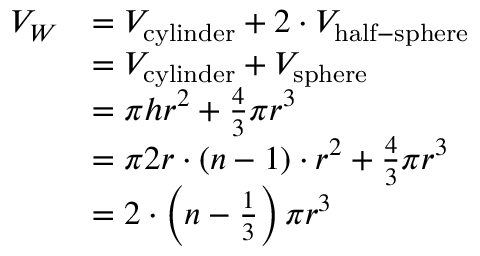
{ \begin{array} { r l } { V _ { W } } & { = V _ { \mathrm { c y l i n d e r } } + 2 \cdot V _ { \mathrm { h a l f - s p h e r e } } } \\ & { = V _ { \mathrm { c y l i n d e r } } + V _ { \mathrm { s p h e r e } } } \\ & { = \pi h r ^ { 2 } + { \frac { 4 } { 3 } } \pi r ^ { 3 } } \\ & { = \pi 2 r \cdot ( n - 1 ) \cdot r ^ { 2 } + { \frac { 4 } { 3 } } \pi r ^ { 3 } } \\ & { = 2 \cdot \left( n - { \frac { 1 } { 3 } } \right) \pi r ^ { 3 } } \end{array} }